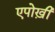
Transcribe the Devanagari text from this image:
एपोख़ी